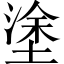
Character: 塗